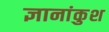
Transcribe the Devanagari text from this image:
ज्ञानांकुश